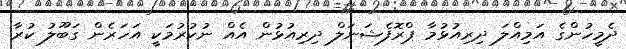
ދެމީހުންގެ އަމިއްލަ ދިރިއުޅުމާ ޕްރޮފެޝަނަލް ދިރިއުޅުން އެއް ނުކުރުމަކީ އަހަރެން ގަބޫލު ކުރާ